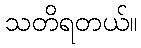
သတိရတယ်။